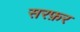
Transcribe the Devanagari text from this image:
सरफ़र